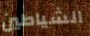
الشياطين